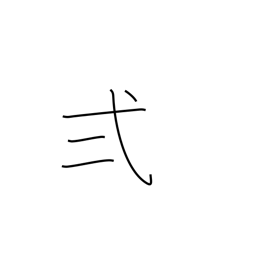
Meaning: two